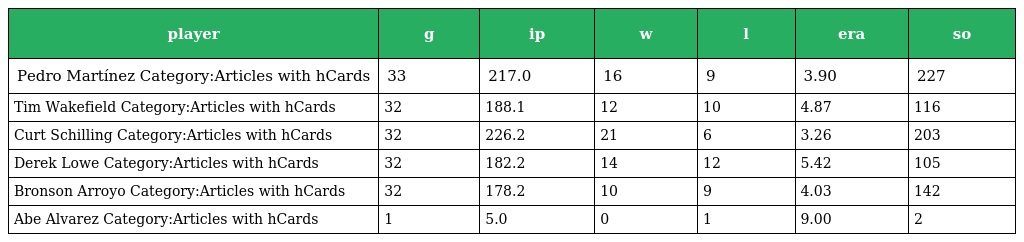
| player | g | ip | w | l | era | so |
 | --- | --- | --- | --- | --- | --- | --- |
 | Pedro Martínez Category:Articles with hCards | 33 | 217.0 | 16 | 9 | 3.90 | 227 |
 | Tim Wakefield Category:Articles with hCards | 32 | 188.1 | 12 | 10 | 4.87 | 116 |
 | Curt Schilling Category:Articles with hCards | 32 | 226.2 | 21 | 6 | 3.26 | 203 |
 | Derek Lowe Category:Articles with hCards | 32 | 182.2 | 14 | 12 | 5.42 | 105 |
 | Bronson Arroyo Category:Articles with hCards | 32 | 178.2 | 10 | 9 | 4.03 | 142 |
 | Abe Alvarez Category:Articles with hCards | 1 | 5.0 | 0 | 1 | 9.00 | 2 |